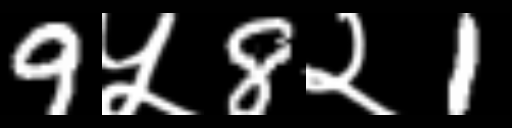
Text: 9५8२1